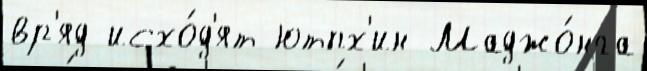
вр'яд исхо́д'ят ютпх'ин Маджо́нга